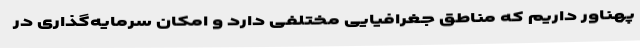
پهناور داریم که مناطق جغرافیایی مختلفی دارد و امکان سرمایه‌گذاری در